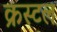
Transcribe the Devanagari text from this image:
क्रस्टल